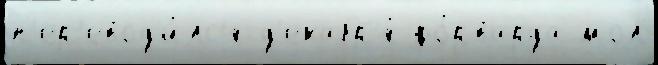
п'ер'евод'и́лс'я д'екабр'я́ фо́рварда мол